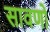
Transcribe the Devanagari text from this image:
सावणो